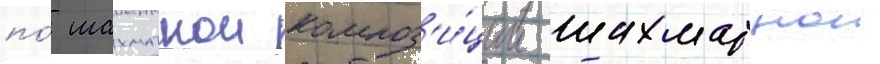
по́ шахматнои композ'и́ции шахматнои